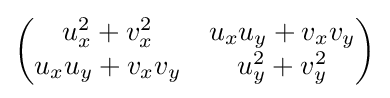
\displaystyle {\begin{pmatrix}u_{x}^{2}+v_{x}^{2}&u_{x}u_{y}+v_{x}v_{y}\\u_{x}u_{y}+v_{x}v_{y}&u_{y}^{2}+v_{y}^{2}\end{pmatrix}}